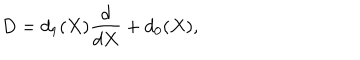
D = d _ { 1 } ( X ) \frac { d } { d X } + d _ { 0 } ( X ) ,